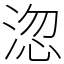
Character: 淴